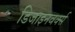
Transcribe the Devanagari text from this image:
डिजाइनवर्क्स